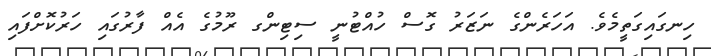
ހިނގައިގަތީމެވެ. އަހަރެންގެ ނަޒަރު ގޮސް ހުއްޓުނީ ސިޓިންގ ރޫމުގެ އެއް ފާރުގައި ހަރުކޮށްފައި